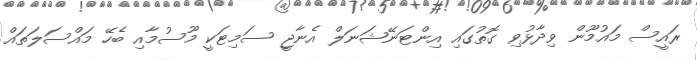
ރައީސް މައުމޫން ވިދާޅުވި ގޮތުގައި އިންޓަނޭޝަނަލް އެނާޖީ ސަމިޓަކީ މޫސުމާއި ބެހޭ މައްސަލަތައް